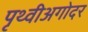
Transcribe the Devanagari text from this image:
पृथ्वीअगोदर